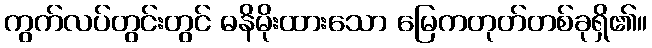
ကွက်လပ်တွင်းတွင် ဓနိမိုးထားသော မြေကတုတ်တစ်ခုရှိ၏။